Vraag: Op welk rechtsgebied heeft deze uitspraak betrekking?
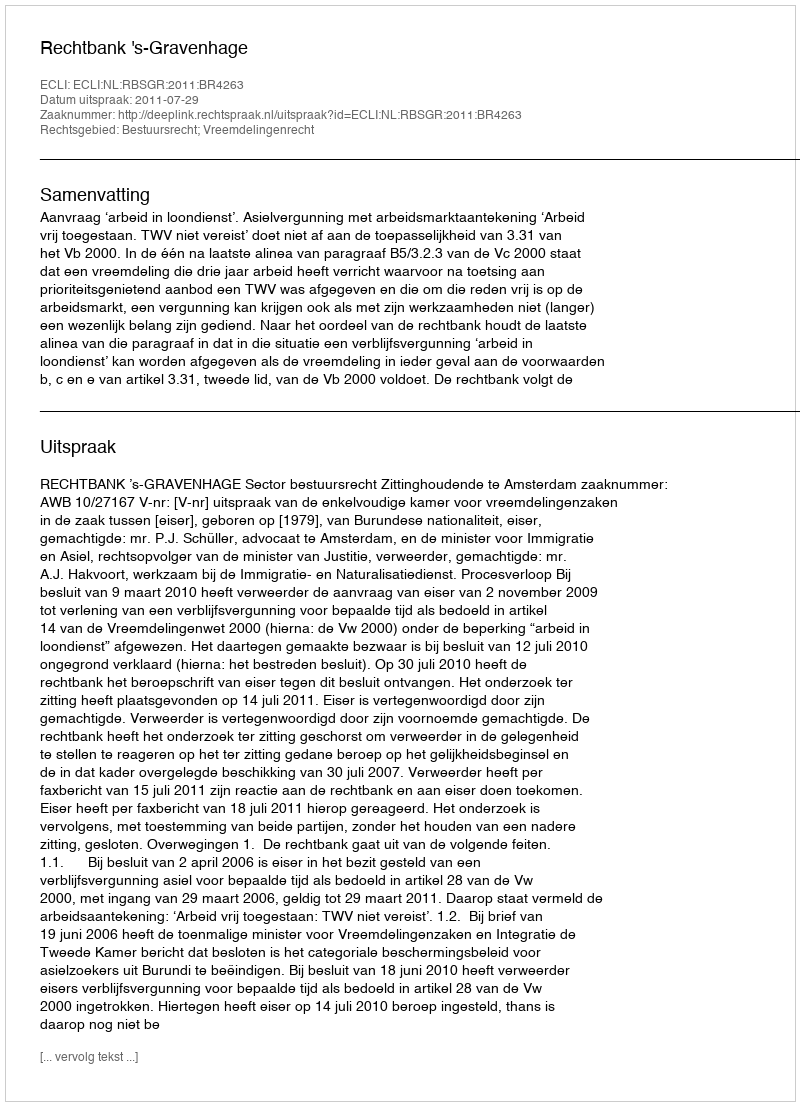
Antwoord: Bestuursrecht; Vreemdelingenrecht